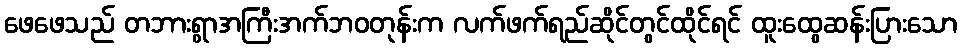
ဖေဖေသည် တဘားရွာအကြီးအက်ဘဝတုန်းက လက်ဖက်ရည်ဆိုင်တွင်ထိုင်ရင် ထူးထွေဆန်းပြားသော